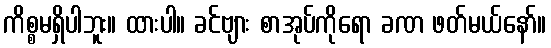
ကိစ္စမရှိပါဘူး။ ထားပါ။ ခင်ဗျား စာအုပ်ကိုရော ခဏ ဖတ်မယ်နော်။